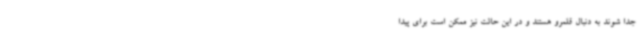
جدا شوند به دنبال قلمرو هستند و در این حالت نیز ممکن است برای پیدا